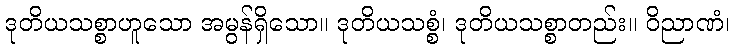
ဒုတိယသစ္စာဟူသော အမွန်ရှိသော။ ဒုတိယသစ္စံ၊ ဒုတိယသစ္စာတည်း။ ဝိညာဏံ၊